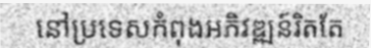
នៅប្រទេសកំពុងអភិវឌ្ឍន៍រិតតែ